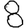
Digit: 8